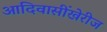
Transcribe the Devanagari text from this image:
आदिवासींखेरीज